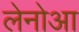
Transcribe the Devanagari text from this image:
लेनोआ